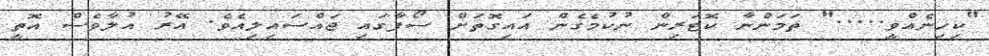
"ކިހިނެއްވީ....." ތަމަންނާ ކޮޓަރިން ނުކުމެގެން އައިގޮތަށް ސޯފާގައި ޖައްސައިލިއެވެ. އޭރު އުލާވެސް އޮތީ